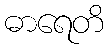
ဓာရေတိ